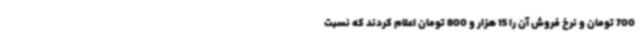
700 تومان و نرخ فروش آن را 15 هزار و 800 تومان اعلام کردند که نسبت